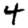
Digit: 4